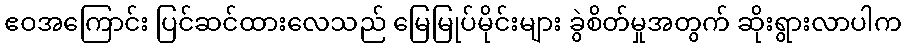
ဧဝအကြောင်း ပြင်ဆင်ထားလေသည် မြေမြုပ်မိုင်းများ ခွဲစိတ်မှုအတွက် ဆိုးရွားလာပါက